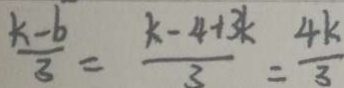
\frac { k - b } { 3 } = \frac { k - 4 + 3 k } { 3 } = \frac { 4 k } { 3 }